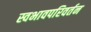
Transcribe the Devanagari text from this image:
स्वभावपरिवर्तन